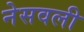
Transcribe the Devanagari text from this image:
नेसवली